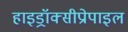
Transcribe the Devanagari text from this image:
हाइड्रॉक्सीप्रोपाइल